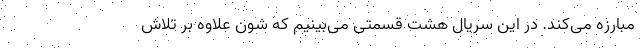
مبارزه می‌کند. در این سریال هشت قسمتی می‌بینیم که شون علاوه بر تلاش